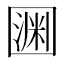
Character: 𡈛